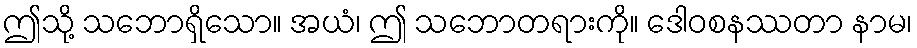
ဤသို့ သဘောရှိသော။ အယံ၊ ဤ သဘောတရားကို။ ဒေါဝစနဿတာ နာမ၊